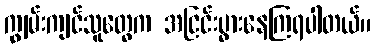
ကျွမ်းကျင်သူတွေက အငြင်းပွားနေကြရပါတယ်။